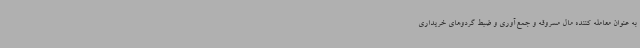
به عنوان معامله کننده‌ مال مسروقه و جمع‌آوری و ضبط گردوهای خریداری